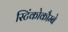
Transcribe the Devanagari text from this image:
स्टिंकोकौम्बे